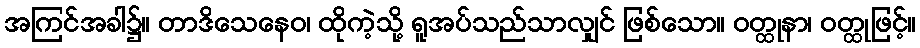
အကြင်အခါ၌။ တာဒိသေနေဝ၊ ထိုကဲ့သို့ ရူအပ်သည်သာလျှင် ဖြစ်သော။ ဝတ္ထုနာ၊ ဝတ္ထုဖြင့်။